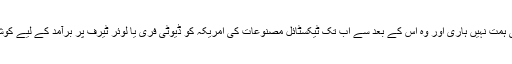
اخبار نے لکھا ہے کہ پاکستانی حکام نے پھر بھی ہمت نہیں ہاری اور وہ اس کے بعد سے اب تک ٹیکسٹائل مصنوعات کی امریکہ کو ڈیوٹی فری یا لوئر ٹیرف پر برآمد کے لیے کوشاں ہیں لیکن انہیں تاحال کامیابی نہیں ہوسکی ہے۔